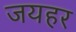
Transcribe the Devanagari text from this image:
जयहर